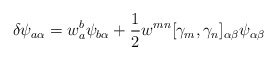
\begin{align*}\delta\psi_{a\alpha} = w_a^b\psi_{b\alpha} + \frac{1}{2} w^{mn}[\gamma_m,\gamma_n]_{\alpha\beta} \psi_{\alpha\beta}\end{align*}